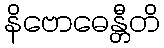
နိဗောဓေန္တီတိ